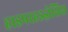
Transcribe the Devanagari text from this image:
हाइपरहइड्रोसिस